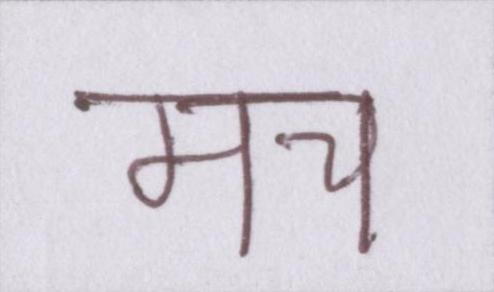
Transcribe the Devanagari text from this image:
मच